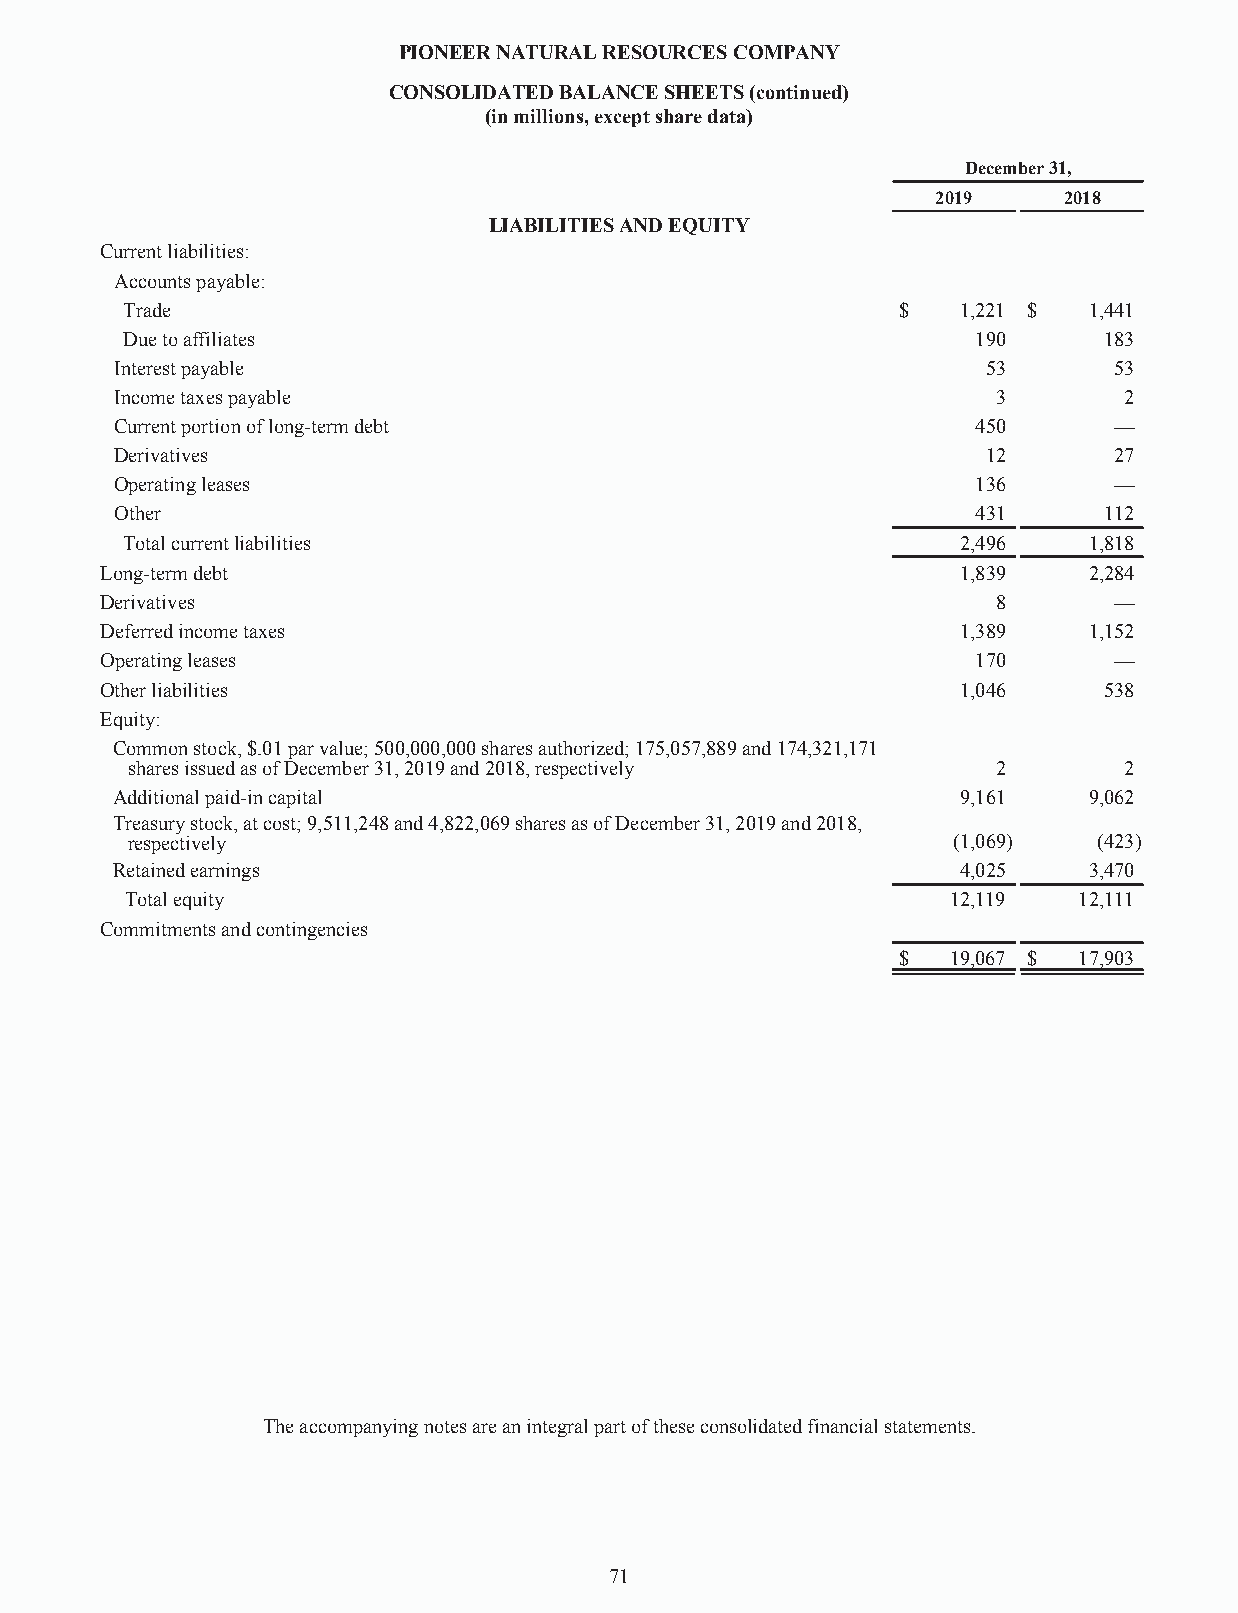
PIONEERNATURALRESOURCESCOMPANY
 CONSOLIDATEDBALANCESHEETS(continued)
 (inmillions,exceptsharedata)
 December31,
 2019    2018
 LIABILITIESANDEQUITY
 Currentliabilities:
 Accountspayable:
 Trade                                              $    1,221 $ 1,441
 Duetoaffiliates                                          190     183
 Interestpayable                                          53       53
 Incometaxespayable                                        3       2
 Currentportionoflong-termdebt                            450      —
 Derivatives                                              12       27
 Operatingleases                                          136      —
 Other                                                    431     112
 Totalcurrentliabilities                                 2,496   1,818
 Long-termdebt                                            1,839   2,284
 Derivatives                                                8       —
 Deferredincometaxes                                      1,389   1,152
 Operatingleases                                           170      —
 Otherliabilities                                         1,046    538
 Equity:
 Commonstock,$.01parvalue;500,000,000sharesauthorized;175,057,889and174,321,171
 sharesissuedasofDecember31,2019and2018,respectively       2       2
 Additionalpaid-incapital                                 9,161   9,062
 Treasurystock,atcost;9,511,248and4,822,069sharesasofDecember31,2019and2018,
 respectively                                           (1,069)   (423)
 Retainedearnings                                         4,025   3,470
 Totalequity                                            12,119  12,111
 Commitmentsandcontingencies
 $   19,067 $ 17,903
 Theaccompanyingnotesareanintegralpartoftheseconsolidatedfinancialstatements.
 71